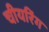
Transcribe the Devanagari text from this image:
चीयरिंग